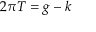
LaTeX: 2 \pi T = g - k